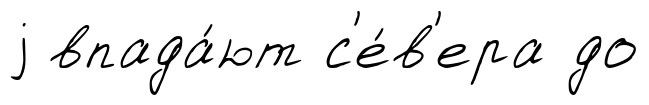
j впада́ют с'е́в'ера до